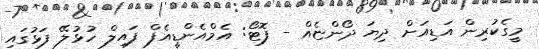
މީގެކުރިން އަޑިއަށް ދިޔަ ދޯންޏެއް - ފޮޓޯ: އެމްއެންޑީއެފް ފައިލް ހުޅުލޭ ފަޅުގައި